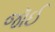
જૉઈ